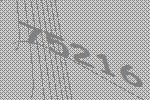
75216